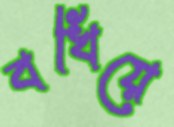
বখিয়ে